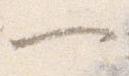
一